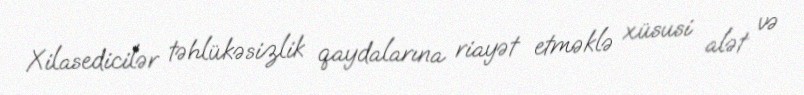
Xilasedicilər təhlükəsizlik qaydalarına riayət etməklə xüsusi alət və